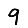
Digit: 9